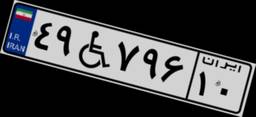
۴۹W۷۹۶۱۰